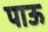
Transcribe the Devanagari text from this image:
पाऊ